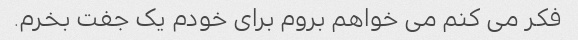
فکر می کنم می خواهم بروم برای خودم یک جفت بخرم.